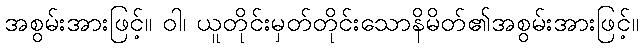
အစွမ်းအားဖြင့်။ ဝါ၊ ယူတိုင်းမှတ်တိုင်းသောနိမိတ်၏အစွမ်းအားဖြင့်။